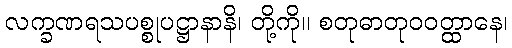
လက္ခဏရသပစ္စုပဋ္ဌာနာနိ၊ တို့ကို။ စတုဓာတုဝဝတ္ထာနေ၊